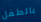
بالطفل